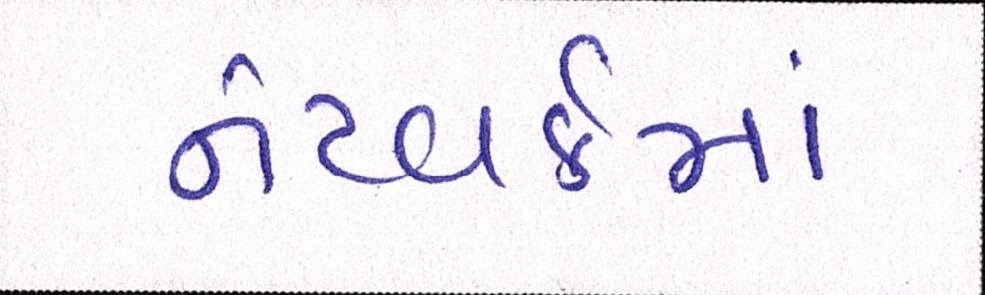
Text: નેટવર્કમાં